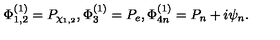
\Phi _ { 1 , 2 } ^ { ( 1 ) } = P _ { \chi _ { 1 , 2 } } , \Phi _ { 3 } ^ { ( 1 ) } = P _ { e } , \Phi _ { 4 n } ^ { ( 1 ) } = P _ { n } + i \psi _ { n } .